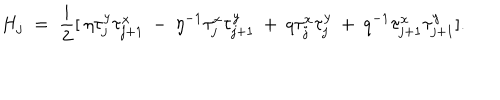
LaTeX: H _ { j } \; = \; \frac { i } { 2 } [ \: \eta \tau _ { j } ^ { y } \tau _ { j + 1 } ^ { x } \: - \: \eta ^ { - 1 } \tau _ { j } ^ { x } \tau _ { j + 1 } ^ { y } \: + \: q \tau _ { j } ^ { x } \tau _ { j } ^ { y } \: + \: q ^ { - 1 } \tau _ { j + 1 } ^ { x } \tau _ { j + 1 } ^ { y } ] .